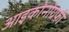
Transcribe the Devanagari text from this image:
आइकोनोग्रफ़ी